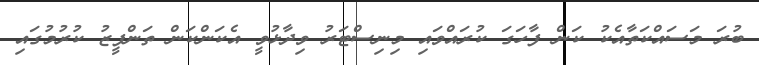
ބުރަ މަސައްކަތާއެކު ކަން ފާހަގަ ކުރައްވައި މިނިސްޓަރު ވިދާޅުވީ އެކަންކަން ތަންފީޒު ކުރުމުގައި